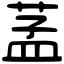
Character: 䓝